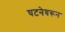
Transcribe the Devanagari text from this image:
घटनेवरून